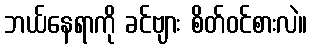
ဘယ်နေရာကို ခင်ဗျား စိတ်ဝင်စားလဲ။